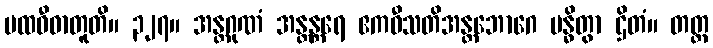
ပထဝီဓာတူတိ။ ၃၂၇။ အန္တဂုဏံ အန္တန္တရေ ဧကဝီသတိအန္တဘောဂေ ဗန္ဓိတွာ ဌိတံ။ တတ္ထ